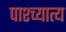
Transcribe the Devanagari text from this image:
पाश्च्यात्य